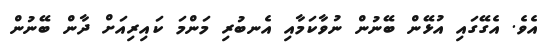
އެވެ. އެގޭގައި އުޅޭން ބޭނުން ނުވާކަމާއި އެނބުރި މަންމަ ކައިރިއަށް ދާން ބޭނުން